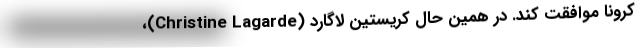
کرونا موافقت کند. در همین حال کریستین لاگارد (Christine Lagarde)،